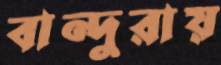
বান্দুরায়